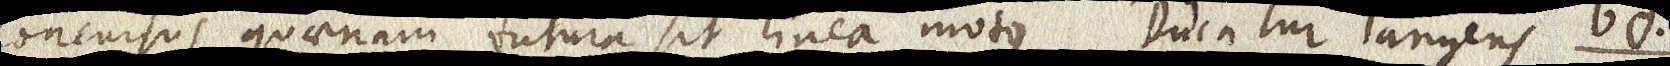
concursus, quaenam futura sit linea motus. Ducatur tangens bd.